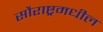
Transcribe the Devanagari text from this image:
सौराष्ट्रमधील